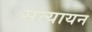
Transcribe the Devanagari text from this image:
सत्यायन